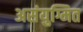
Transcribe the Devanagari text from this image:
असंयुग्मित